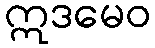
ဣဒမေဝ